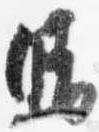
晴